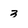
Character: 3